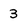
Character: 3